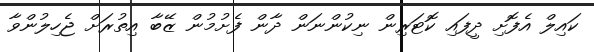
ކައިލް އެފޮށި ދީފައި ކޮޓަރިން ނިކުންނަން ދާން ފެށުމުން ޒޭބާ އިތުރަށް ޖެހިލުންވާ